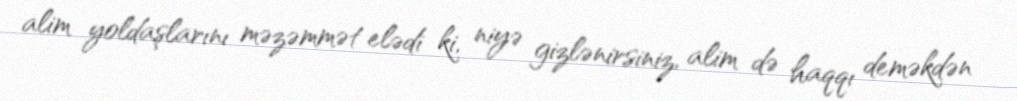
alim yoldaşlarını məzəmmət elədi ki, niyə gizlənirsiniz, alim də haqqı deməkdən